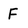
Character: F